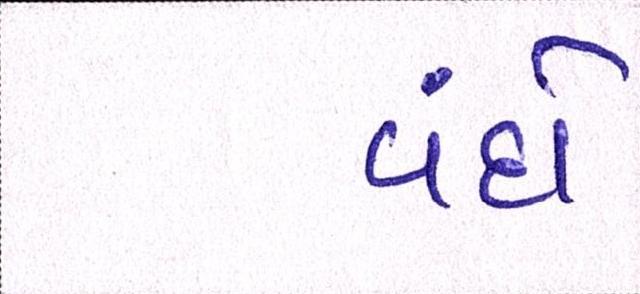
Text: વંદો